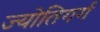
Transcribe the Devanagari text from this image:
ज्योतिगर्ग